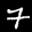
Label: 7